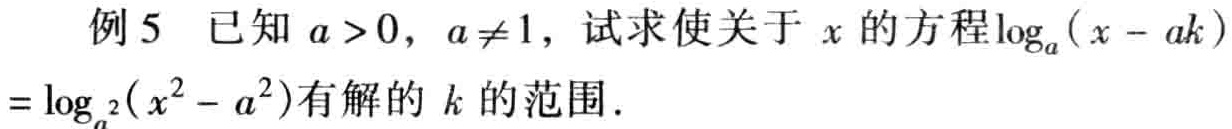
例5 已知 \(a > 0\)，\(a \neq 1\)，试求使关于 \(x\) 的方程\(\log_{a}(x - ak)=\log_{a^{2}}(x^{2}-a^{2})\)有解的 \(k\) 的范围.